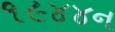
૧૯૪૪ન